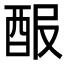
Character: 𨠡